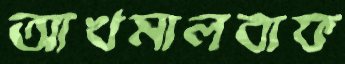
আখমালবাফ